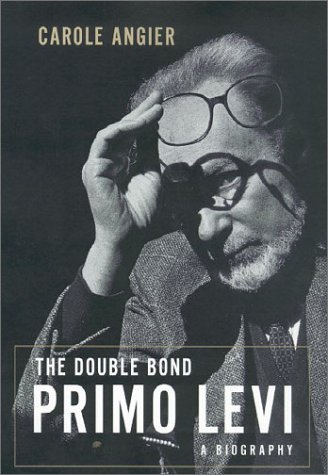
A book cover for The Double Bond: The Life of Primo Levi; Carole Angier; Biographies & Memoirs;